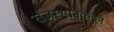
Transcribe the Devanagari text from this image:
राजस्थानकडून